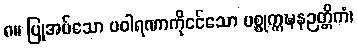
၈။ ပြုအပ်သော ပဝါရဏာကိုငင်သော ပစ္စုက္ကဍ္ဎနဉတ္တိကံ၊